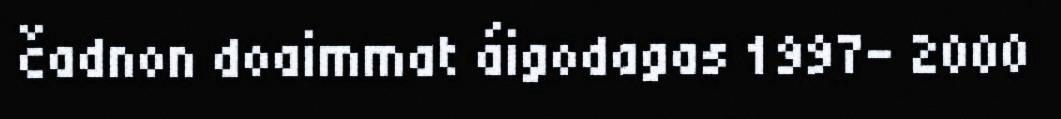
čadnon doaimmat áigodagas 1997- 2000